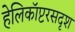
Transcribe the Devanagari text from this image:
हेलिकॉप्टरसदृश